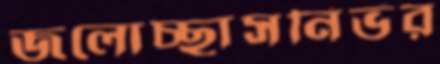
জলোচ্ছ্বাসনির্ভর